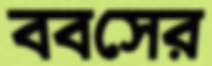
ববসের